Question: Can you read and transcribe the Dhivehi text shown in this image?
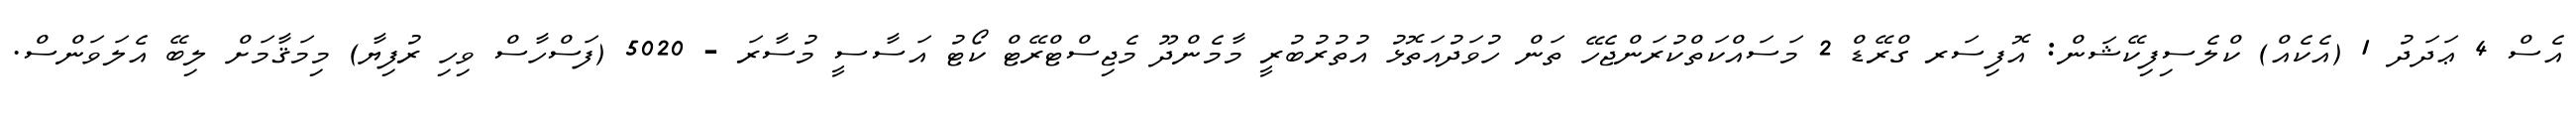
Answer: އެސް 4 ޢަދަދު 1 (އެކެއް) ކްލެސިފިކޭޝަން: އޮފިސަރ ގްރޭޑް 2 މަސައްކަތްކުރަންޖެހޭ ތަން ހުވަދުއަތޮޅު އުތުރުބުރީ މާމެންދޫ މެޖިސްޓްރޭޓް ކޯޓު އަސާސީ މުސާރަ - 5020 (ފަސްހާސް ވިހި ރުފިޔާ) މިމަޤާމަށް ލިބޭ އެލަވަންސް.